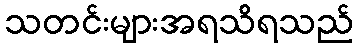
သတင်းများအရသိရသည်